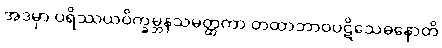
အဒမှာ ပရိဿယဝိက္ခမ္ဘနသမတ္ထတာ တထာဘာဝပဋိသေဓနောတိ